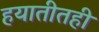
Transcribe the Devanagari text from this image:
हयातीतही